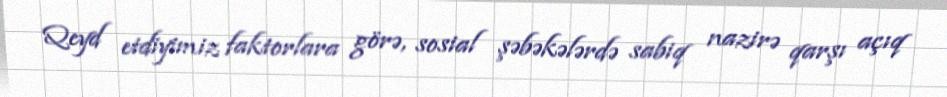
Qeyd etdiyimiz faktorlara görə, sosial şəbəkələrdə sabiq nazirə qarşı açıq